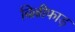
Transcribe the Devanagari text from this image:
बिल्लीफाड़